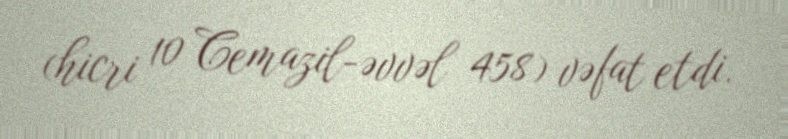
(hicri 10 Cemazil-əvvəl 458) vəfat etdi.